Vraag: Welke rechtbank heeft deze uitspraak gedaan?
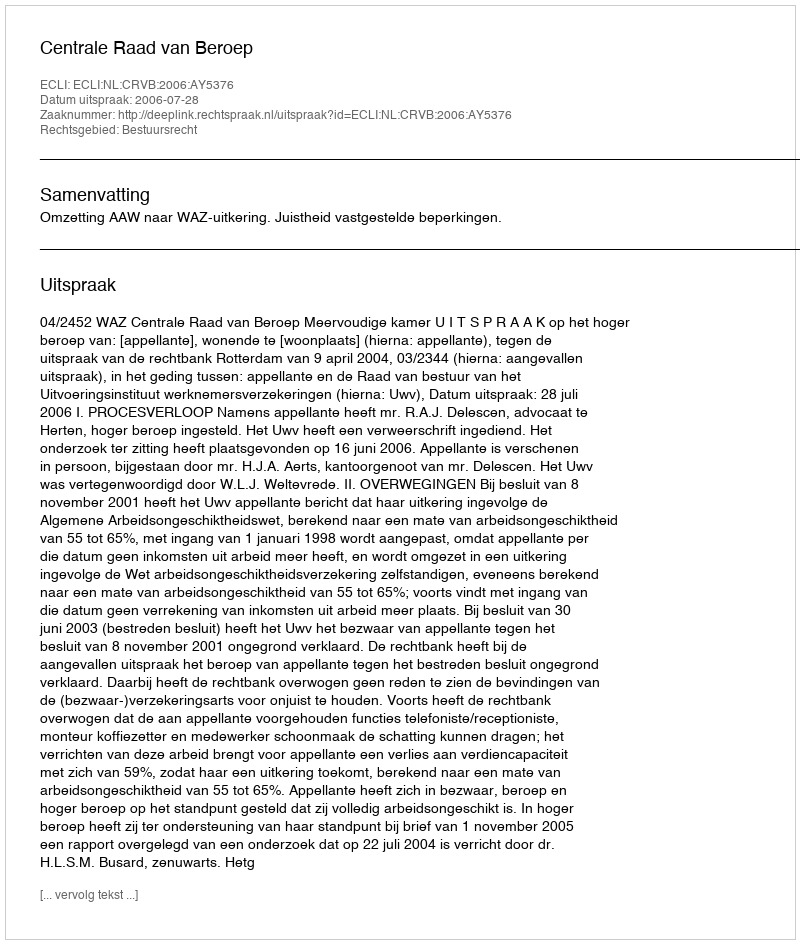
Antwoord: Centrale Raad van Beroep